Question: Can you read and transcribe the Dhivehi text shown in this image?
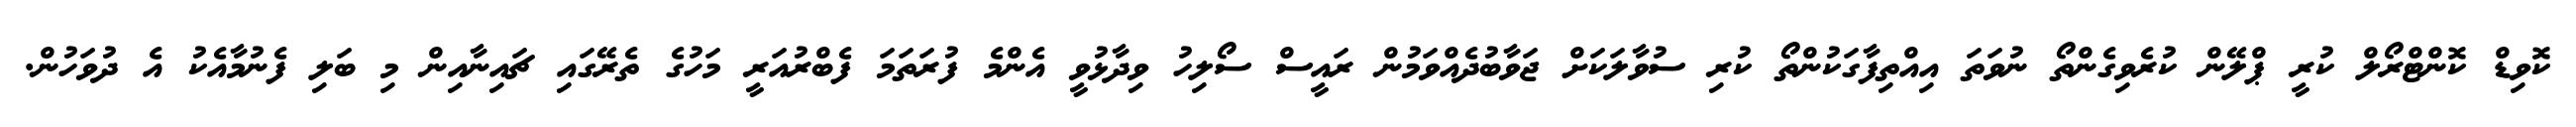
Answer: ކޮވިޑް ކޮންޓްރޯލް ކުރީ ޕްލޭން ކުރެވިގެންތޯ ނުވަތަ އިއްތިފާގަކުންތޯ ކުރި ސުވާލަކަށް ޖަވާބުދެއްވަމުން ރައީސް ސޯލިހު ވިދާޅުވީ އެންމެ ފުރަތަމަ ފެބްރުއަރީ މަހުގެ ތެރޭގައި ޗައިނާއިން މި ބަލި ފެނުމާއެކު އެ ދުވަހުން.